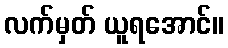
လက်မှတ် ယူရအောင်။